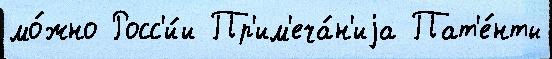
мо́жно Росс'и́и Пр'им'еча́н'иjа Пат'е́нты